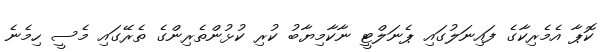
ކޮޕާ އެމެރިކާގެ ފައިނަލުގައި ޕެނަލްޓީ ނާކާމިޔާބު ކުރި ކުޅުންތެރިންގެ ތެރޭގައި މެސީ ހިމެނެ